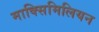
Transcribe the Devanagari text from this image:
माक्सिमिलियन